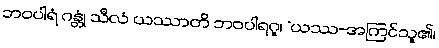
ဘဝပါရံ ဂန္တုံ သီလံ ယဿာတိ ဘဝပါရဂူ၊ “ယဿ-အကြင်သူ၏၊